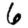
Digit: 6